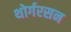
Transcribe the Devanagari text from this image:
थोर्गरसन